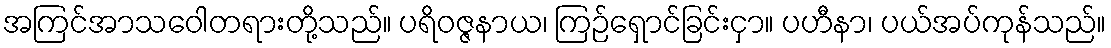
အကြင်အာသဝေါတရားတို့သည်။ ပရိဝဇ္ဇနာယ၊ ကြဉ်ရှောင်ခြင်းငှာ။ ပဟီနာ၊ ပယ်အပ်ကုန်သည်။